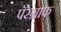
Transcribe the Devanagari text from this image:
पॅरेग्राफ